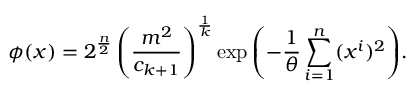
\phi ( x ) = 2 ^ { \frac { n } { 2 } } \left( \frac { m ^ { 2 } } { c _ { k + 1 } } \right) ^ { \frac { 1 } { k } } \exp { \left( - \frac { 1 } { \theta } \sum _ { i = 1 } ^ { n } ( x ^ { i } ) ^ { 2 } \right) } .